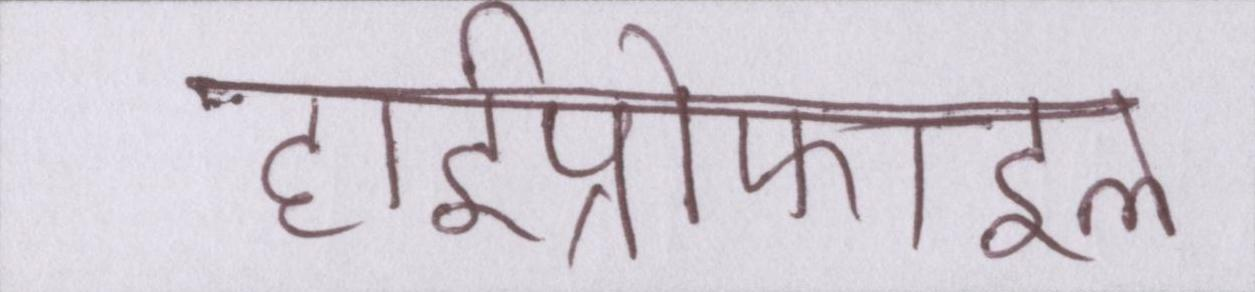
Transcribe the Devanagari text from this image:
हाईप्रोफाइल